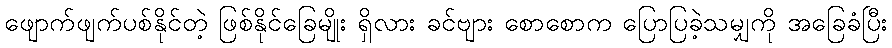
ဖျောက်ဖျက်ပစ်နိုင်တဲ့ ဖြစ်နိုင်ခြေမျိုး ရှိလား ခင်ဗျား စောစောက ပြောပြခဲ့သမျှကို အခြေခံပြီး